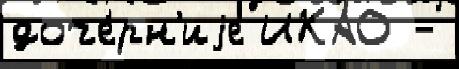
доче́рн'иjе ИКАО -